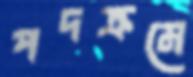
পদক্রমে